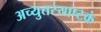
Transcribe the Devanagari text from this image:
अच्युतस्याष्टकं